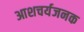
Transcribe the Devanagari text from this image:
आशचर्यजनक